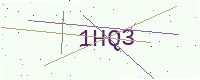
Text: 1HQ3